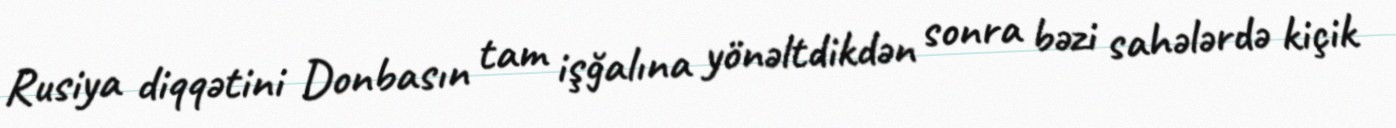
Rusiya diqqətini Donbasın tam işğalına yönəltdikdən sonra bəzi sahələrdə kiçik